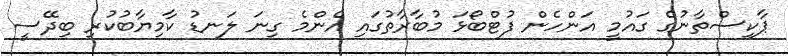
ޕާކިސްތާނުގެ ގައުމީ އަންހެން ފުޓްބޯޅަ މުބާރާތުގައި އެންމެ ގިނަ ލަނޑު ކާމިޔާބުކުރި ބިދޭސީ